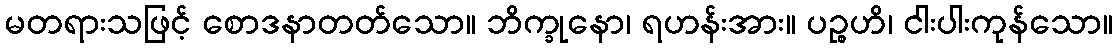
မတရားသဖြင့် စောဒနာတတ်သော။ ဘိက္ခုနော၊ ရဟန်းအား။ ပဉ္စဟိ၊ ငါးပါးကုန်သော။